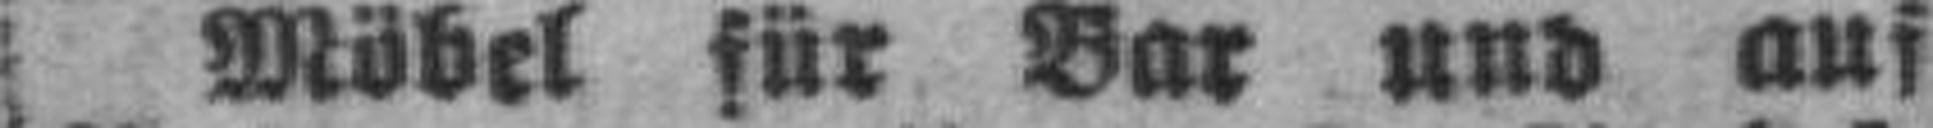
Möbel für Bar und auf